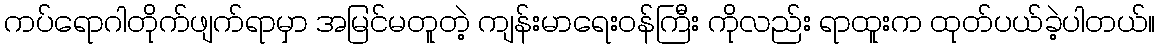
ကပ်ရောဂါတိုက်ဖျက်ရာမှာ အမြင်မတူတဲ့ ကျန်းမာရေးဝန်ကြီး ကိုလည်း ရာထူးက ထုတ်ပယ်ခဲ့ပါတယ်။